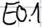
Text: E0.1